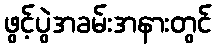
ဖွင့်ပွဲအခမ်းအနားတွင်